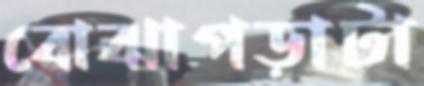
বোঝাপড়াটা